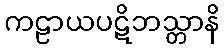
ကဠာယပဋိဘသ္တာနိ